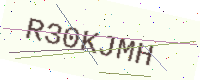
Text: R30KJMH